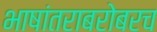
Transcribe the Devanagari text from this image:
भाषांतराबरोबरच